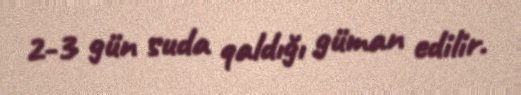
2-3 gün suda qaldığı güman edilir.